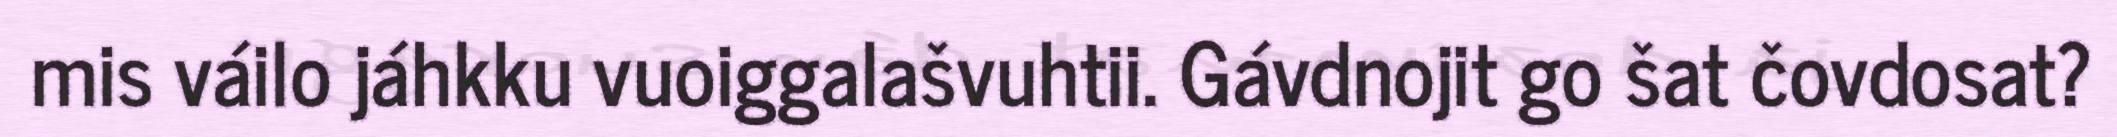
mis váilo jáhkku vuoiggalašvuhtii. Gávdnojit go šat čovdosat?